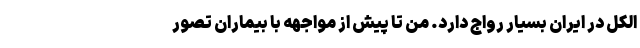
الکل در ایران بسیار رواج دارد. من تا پیش از مواجهه با بیماران تصور